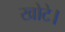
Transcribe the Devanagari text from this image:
खोटे।